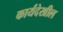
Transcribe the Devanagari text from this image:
कार्यदेखील